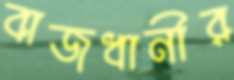
বাজধানীর